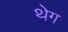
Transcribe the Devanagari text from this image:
थेग